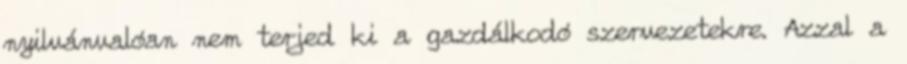
nyilvánvalóan nem terjed ki a gazdálkodó szervezetekre. Azzal a